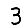
Digit: 3